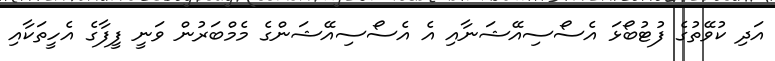
އަދި ކުވޭތުގެ ފުޓުބޯޅަ އެސޯސިއޭޝަނާއި އެ އެސޯސިއޭޝަންގެ މެމްބަރުން ވަނީ ފީފާގެ އެހީތަކާއި